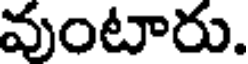
వుంటారు.